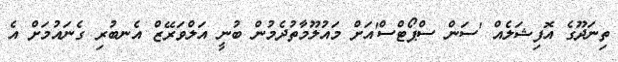
ތިނަދޫގެ އޮފިޝަލެއް 'ސަން ސްޕޯޓްސް'އަށް މައުލޫމާތުދެމުން ބުނީ އަލްވަރޭޒް އެނބުރި ގެނައުމަށް އެ